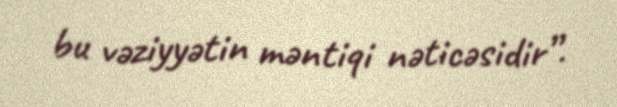
bu vəziyyətin məntiqi nəticəsidir”.